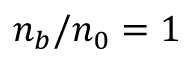
n _ { b } / n _ { 0 } = 1